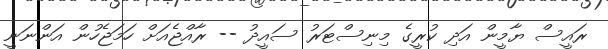
ރައީސް ޔާމީން އަދި ކުރީގެ މިނިސްޓަރު ސައީދު -- ރާއްޖެއަށް ހަމަޖެހުން އަންނަނީ